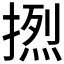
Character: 𰔔